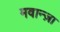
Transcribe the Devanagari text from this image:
मवान्ज़ा